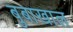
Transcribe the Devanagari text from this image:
बुबाखाल